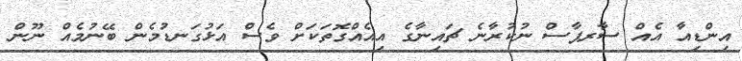
އިންޑިއާ އެއް ސާރޕާސް ނުކުރާނެ ޗައިނާގެ އިއެއްގޮތަކަށް ވެސް އަޅުގަނޑުމެން ބޭނުމެއް ނޫން